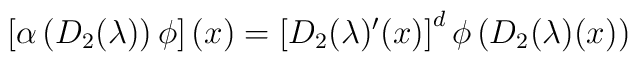
\left[  \alpha\left(  D_{2}(\lambda)\right)  \phi\right]  (x)=\left[D_{2}(\lambda)^{\prime}(x)\right]  ^{d}\phi\left(  D_{2}(\lambda)(x)\right)